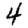
Digit: 4